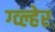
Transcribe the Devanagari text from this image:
ग्व्ल्हेर